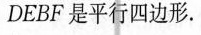
DEBF是平行四边形。